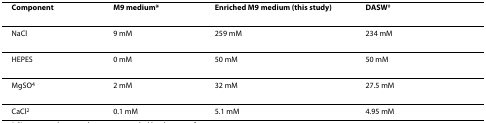
<table><thead><tr><td><b>Component</b></td><td><b>M9 medium*</b></td><td><b>Enriched M9 medium (this study)</b></td><td><b>DASW<sup>#</sup></b></td></tr></thead><tbody><tr><td>NaCl</td><td>9 mM</td><td>259 mM</td><td>234 mM</td></tr><tr><td>HEPES</td><td>0 mM</td><td>50 mM</td><td>50 mM</td></tr><tr><td>MgSO<sup>4</sup></td><td>2 mM</td><td>32 mM</td><td>27.5 mM</td></tr><tr><td>CaCl<sup>2</sup></td><td>0.1 mM</td><td>5.1 mM</td><td>4.95 mM</td></tr></tbody></table>